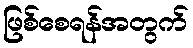
ဖြစ်စေရန်အတွက်